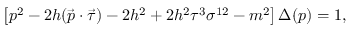
\left[ p ^ { 2 } - 2 h ( \vec { p } \cdot \vec { \tau } ) - 2 h ^ { 2 } + 2 h ^ { 2 } \tau ^ { 3 } \sigma ^ { 1 2 } - m ^ { 2 } \right] \Delta ( p ) = 1 ,